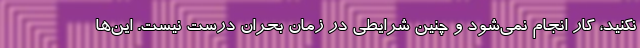
نکنید، کار انجام نمی‌شود و چنین شرایطی در زمان بحران درست نیست. این‌ها